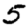
Digit: 5